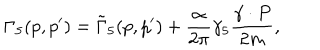
\Gamma _ { 5 } ( p , p ^ { \prime } ) = \tilde { \Gamma } _ { 5 } ( p , p ^ { \prime } ) + \frac { \alpha } { 2 \pi } \gamma _ { 5 } \frac { \gamma \cdot P } { 2 m } ,